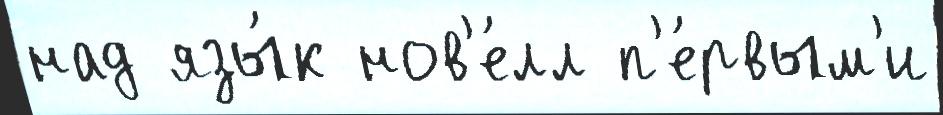
над язы́к нов'е́лл п'е́рвым'и